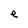
Character: e